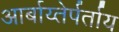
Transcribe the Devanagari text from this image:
आर्बाय्तेर्पर्ताय